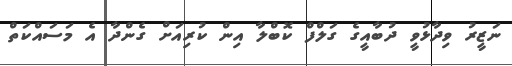
ނަޒީރު ވިދާޅުވީ ދުބާއީގެ ގަލްފް ކޮބްލާ އިން ކުރިއަށް ގެންދާ އެ މަސައްކަތް